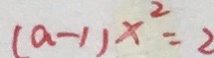
( a - 1 ) x ^ { 2 } = 2